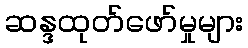
ဆန္ဒထုတ်ဖော်မှုများ